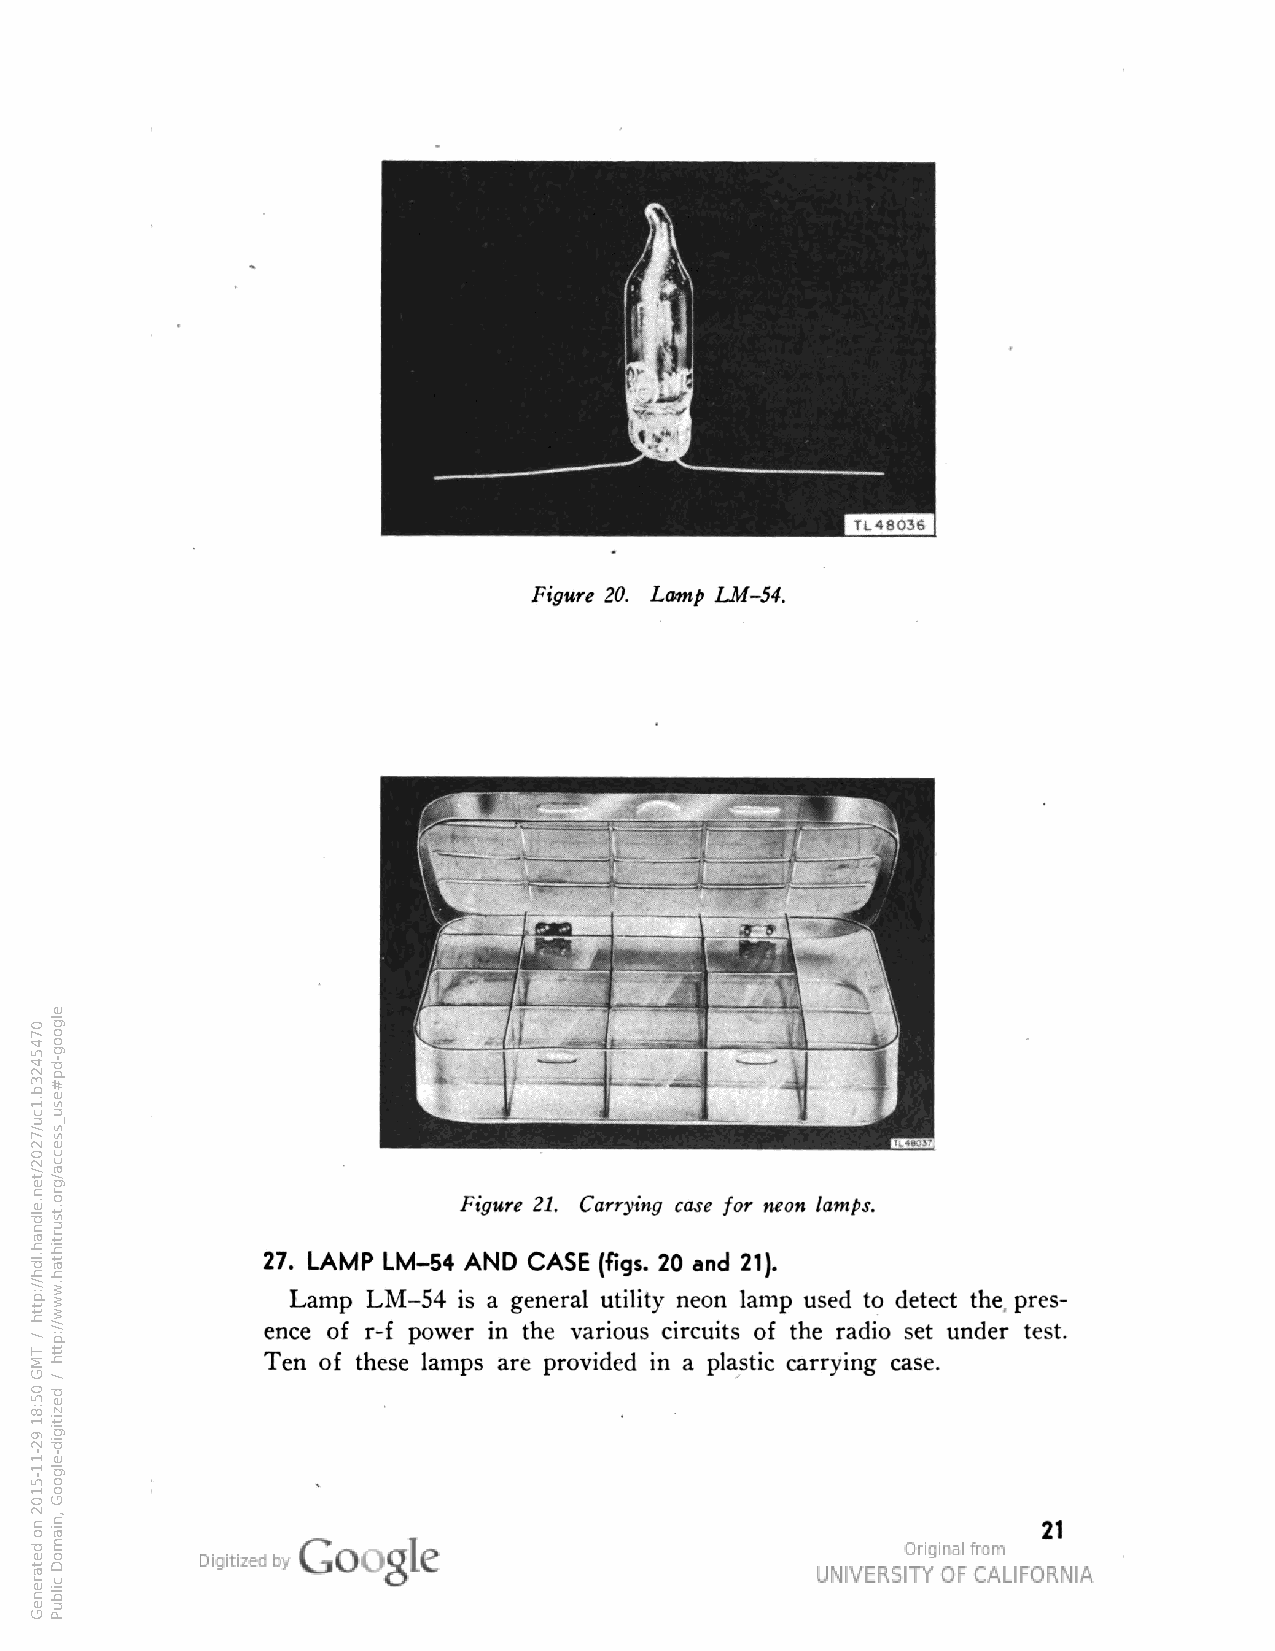
Figure 20. Lamp LM-54.
 Figure 21. Carrying case for neon lamps.
 27. LAMP LM-54 AND CASE (figs. 20 and 21).
 Lamp LM-54 is a general utility neon lamp used to detect the pres
 ence of r-f power in the various circuits of the radio set under test.
 Ten of these lamps are provided in a plastic carrying case.
 21
 0745423b.1cu/7202/ten.eldnah.ldh//:ptth
 /
 TMG
 05:81
 92-11-5102
 no
 detareneG
 elgoog-dp#esu_ssecca/gro.tsurtihtah.www//:ptth
 /
 dezitigid-elgooG
 ,niamoD
 cilbuP